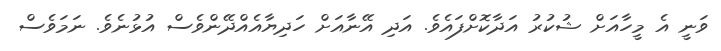
ވަނީ އެ މީހާއަށް ޝުކުރު އަދާކޮށްފައެވެ. އަދި އޭނާއަށް ހަދިޔާއެއްދޭންވެސް އުޅުނެވެ. ނަމަވެސް